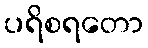
ပရိစရတော